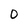
Character: O